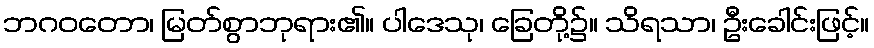
ဘဂဝတော၊ မြတ်စွာဘုရား၏။ ပါဒေသု၊ ခြေတို့၌။ သိရသာ၊ ဦးခေါင်းဖြင့်။